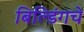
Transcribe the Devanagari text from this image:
बिल्डिंगचे